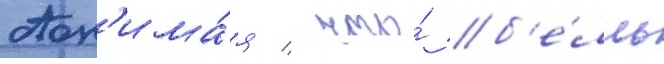
Пон'има́я / что́ б'е́лль